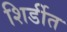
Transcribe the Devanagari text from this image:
शिर्डीत